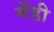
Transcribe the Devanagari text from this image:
मेंडी